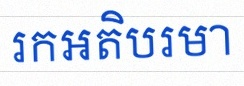
រកអតិបរមា